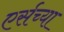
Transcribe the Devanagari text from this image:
एर्सच्या